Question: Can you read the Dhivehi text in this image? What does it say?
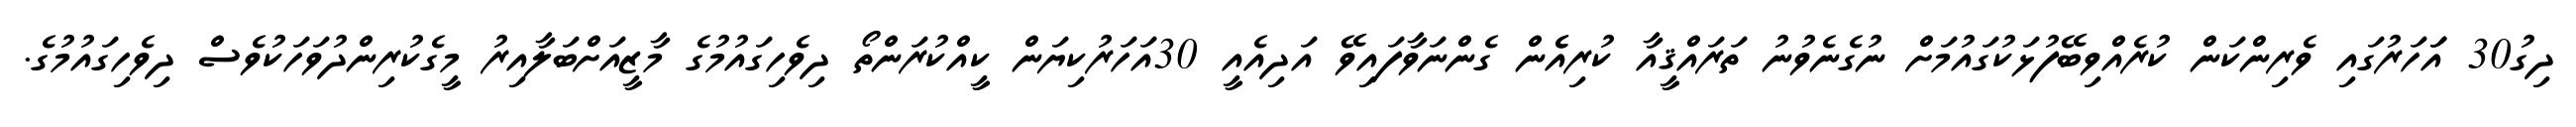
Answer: ދިގު30 އަަހަރުގައި ވެރިންކަން ކުރެއްވިބޭފުޅަކުގައުމަށް ނުގެނެވުނު ތަރައްޤީއާ ކުރިއެެން ގެންނަވާފައިވޭ އަދިއެއީ 30އަހަރުކިޔަން ކީއްކުރަންތޯ ދިވެހިގައުމުގެ މާޒީއަށްބަލާއިރު މީގެކުރިންދުވަހަކުވެސް ދިވެހިގައުމުގެ.